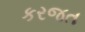
કરજત